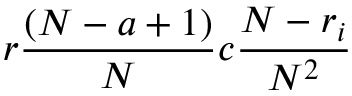
r \frac { ( N - a + 1 ) } { N } c \frac { N - r _ { i } } { N ^ { 2 } }